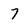
Character: 7